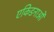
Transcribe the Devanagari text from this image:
एकिडनाओं